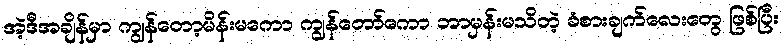
အဲ့ဒီအချိန်မှာ ကျွန်တော့မိန်းမကော ကျွန်တော်ကော ဘာမှန်းမသိတဲ့ ခံစားချက်လေးတွေ ဖြစ်ပြီး